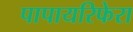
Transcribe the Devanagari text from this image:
पापायरिफेरा